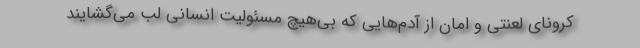
کرونای لعنتی و امان از آدم‌هایی که بی‌هیچ مسئولیت انسانی لب می‌گشایند